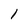
Character: 1